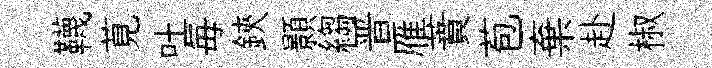
韈莧吐毎鋏顥縐晋雁蕡苞棄赴椒